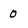
Character: 0